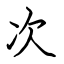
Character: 次